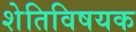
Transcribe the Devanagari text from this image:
शेतिविषयक